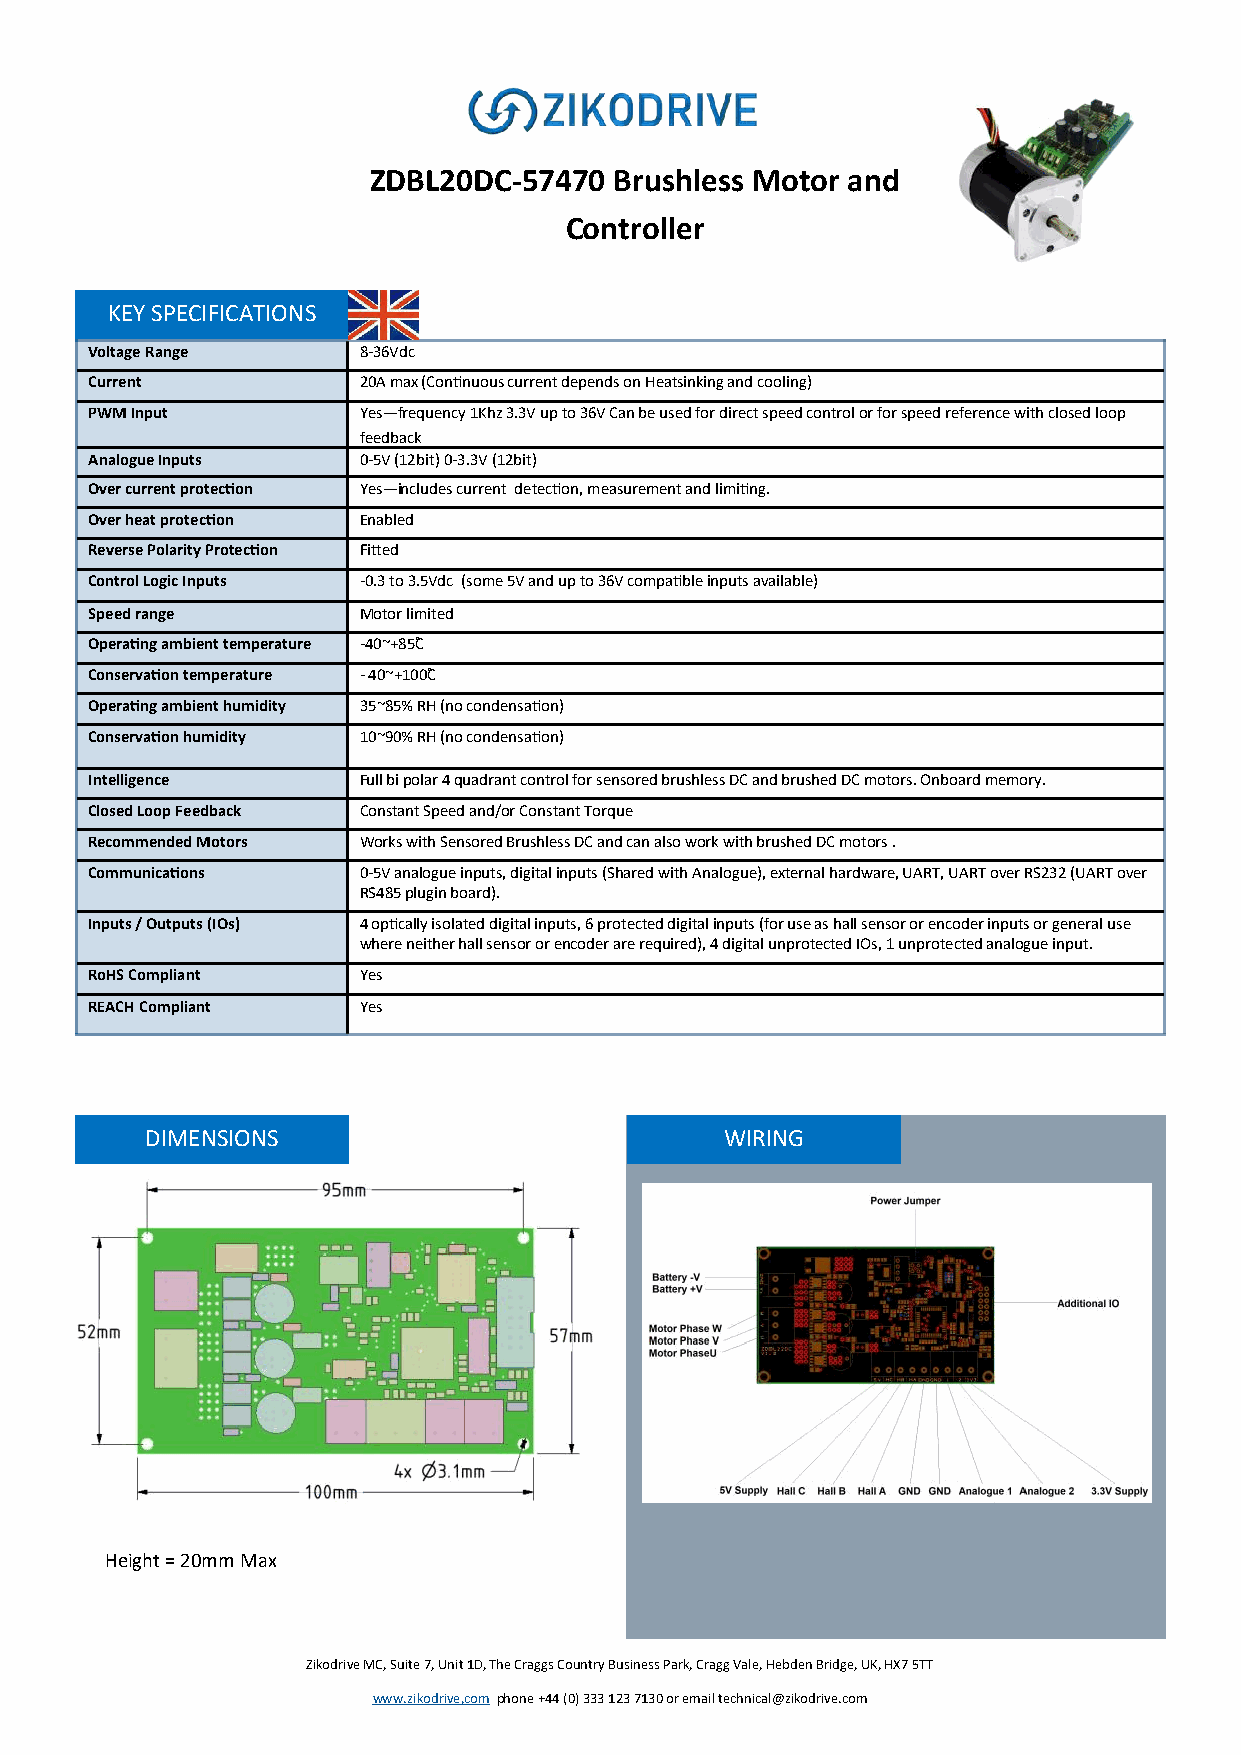
ZDBL20DC-57470   Brushless Motor and
 Controller
 KEY SPECIFICATIONS
 Voltage Range     8-36Vdc
 Current           20A max (Continuous current depends on Heatsinking and cooling)
 PWM Input         Yes—frequency 1Khz 3.3V up to 36V Can be used for direct speed control or for speed reference with closed loop
 feedback
 Analogue Inputs   0-5V (12bit) 0-3.3V (12bit)
 Over current protection Yes—includes current detection, measurement and limiting.
 Over heat protection Enabled
 Reverse Polarity Protection Fitted
 Control Logic Inputs -0.3 to 3.5Vdc (some 5V and up to 36V compatible inputs available)
 Speed range       Motor limited
 Operating ambient temperature -40~+85˚C
 Conservation temperature - 40~+100˚C
 Operating ambient humidity 35~85% RH (no condensation)
 Conservation humidity 10~90% RH (no condensation)
 Intelligence      Full bi polar 4 quadrant control for sensored brushless DC and brushed DC motors. Onboard memory.
 Closed Loop Feedback Constant Speed and/or Constant Torque
 Recommended Motors Works with Sensored Brushless DC and can also work with brushed DC motors .
 Communications    0-5V analogue inputs, digital inputs (Shared with Analogue), external hardware, UART, UART over RS232 (UART over
 RS485 plugin board).
 Inputs / Outputs (IOs) 4 optically isolated digital inputs, 6 protected digital inputs (for use as hall sensor or encoder inputs or general use
 where neither hall sensor or encoder are required), 4 digital unprotected IOs, 1 unprotected analogue input.
 RoHS Compliant    Yes
 REACH Compliant   Yes
 DIMENSIONS                            WIRING
 Height = 20mm Max
 Zikodrive MC, Suite 7, Unit 1D, The Craggs Country Business Park, Cragg Vale, Hebden Bridge, UK, HX7 5TT
 www.zikodrive,com phone +44 (0) 333 123 7130 or email technical@zikodrive.com